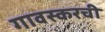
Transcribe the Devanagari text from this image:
गावस्करची